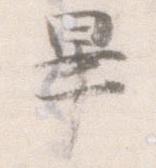
畢